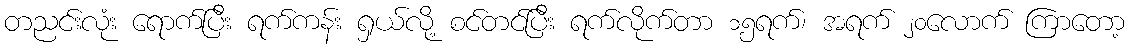
တညင်းလုံး ရောက်ပြီး ရက်ကန်း ရှယ်လို့ စင်တင်ပြီး ရက်လိုက်တာ ၁၅ရက်၊ အရက် ၂၀လောက် ကြာတော့